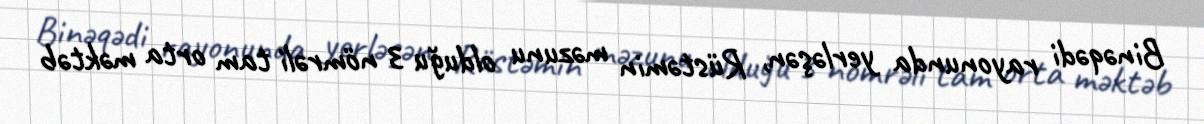
Binəqədi rayonunda yerləşən, Rüstəmin məzunu olduğu 3 nömrəli tam orta məktəb